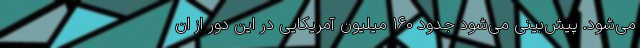
می‌شود. پیش‌بینی می‌شود جدود 160 میلیون آمریکایی در این دور از ان